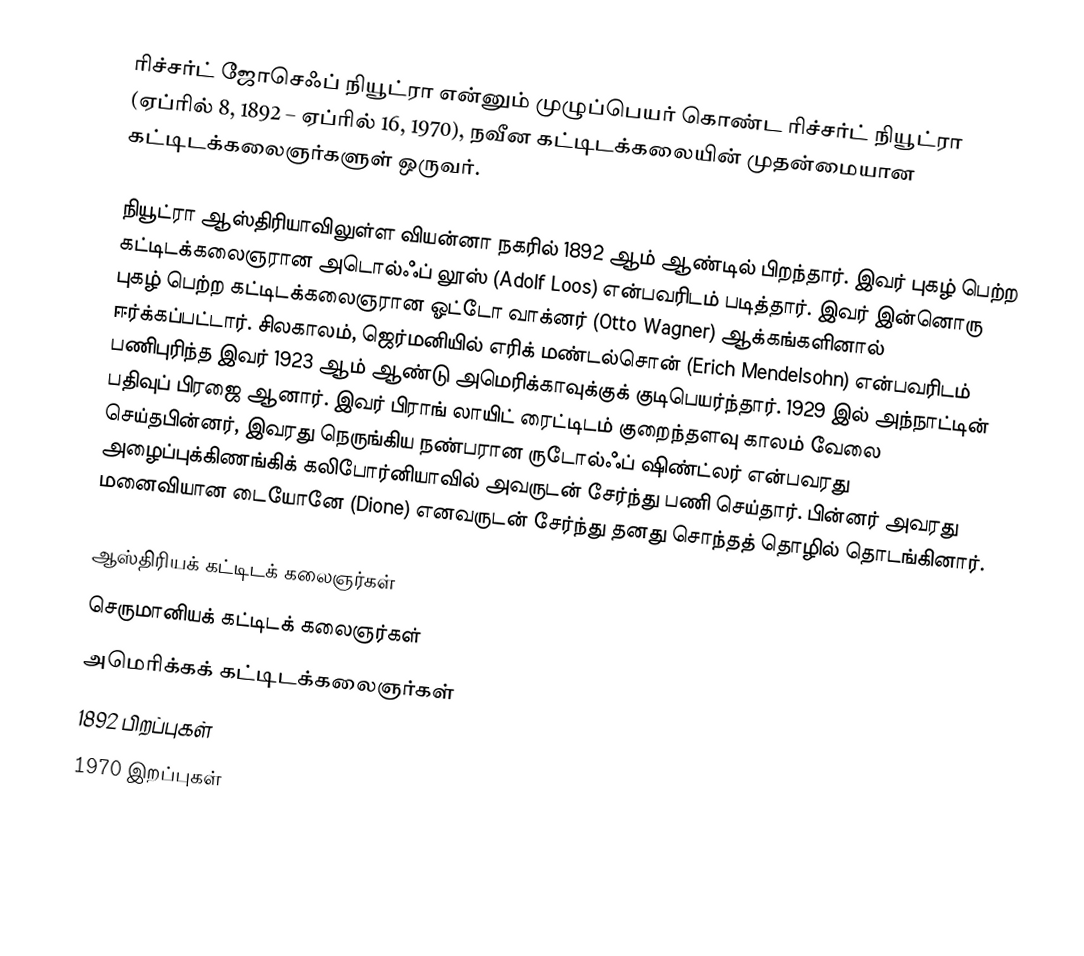
ரிச்சர்ட் ஜோசெஃப் நியூட்ரா என்னும் முழுப்பெயர் கொண்ட ரிச்சர்ட் நியூட்ரா (ஏப்ரில் 8, 1892 – ஏப்ரில் 16, 1970), நவீன கட்டிடக்கலையின் முதன்மையான கட்டிடக்கலைஞர்களுள் ஒருவர்.

நியூட்ரா ஆஸ்திரியாவிலுள்ள வியன்னா நகரில் 1892 ஆம் ஆண்டில் பிறந்தார். இவர் புகழ் பெற்ற கட்டிடக்கலைஞரான அடொல்ஃப் லூஸ் (Adolf Loos) என்பவரிடம் படித்தார். இவர் இன்னொரு புகழ் பெற்ற கட்டிடக்கலைஞரான ஓட்டோ வாக்னர் (Otto Wagner) ஆக்கங்களினால் ஈர்க்கப்பட்டார். சிலகாலம், ஜெர்மனியில் எரிக் மண்டல்சொன் (Erich Mendelsohn) என்பவரிடம் பணிபுரிந்த இவர் 1923 ஆம் ஆண்டு அமெரிக்காவுக்குக் குடிபெயர்ந்தார். 1929 இல் அந்நாட்டின் பதிவுப் பிரஜை ஆனார். இவர் பிராங் லாயிட் ரைட்டிடம் குறைந்தளவு காலம் வேலை செய்தபின்னர், இவரது நெருங்கிய நண்பரான ருடோல்ஃப் ஷிண்ட்லர் என்பவரது அழைப்புக்கிணங்கிக் கலிபோர்னியாவில் அவருடன் சேர்ந்து பணி செய்தார். பின்னர் அவரது மனைவியான டையோனே (Dione) எனவருடன் சேர்ந்து தனது சொந்தத் தொழில் தொடங்கினார்.

ஆஸ்திரியக் கட்டிடக் கலைஞர்கள்
செருமானியக் கட்டிடக் கலைஞர்கள்
அமெரிக்கக் கட்டிடக்கலைஞர்கள்
1892 பிறப்புகள்
1970 இறப்புகள்